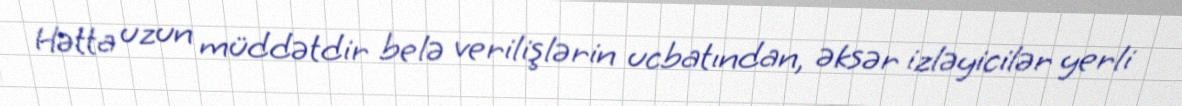
Hətta uzun müddətdir belə verilişlərin ucbatından, əksər izləyicilər yerli